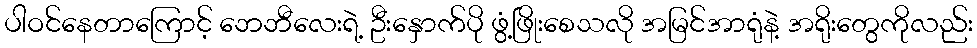
ပါဝင်နေတာကြောင့် ဘေဘီလေးရဲ့ ဦးနှောက်ပို ဖွံ့ဖြိုးစေသလို အမြင်အာရုံနဲ့ အရိုးတွေကိုလည်း